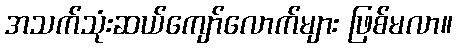
အသက်သုံးဆယ်ကျော်လောက်များ ဖြစ်မလာ။